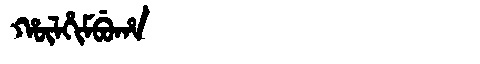
Manchu: ᡥᡡᠯᡥᡳᠮᠪᡠᡥᠠ
Romanization: HŪLHIMBUHA